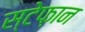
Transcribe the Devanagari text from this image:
स्टेफ़ान